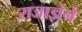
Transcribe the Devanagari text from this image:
राजाज्ञेने